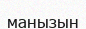
манызын